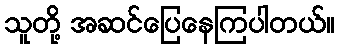
သူတို့ အဆင်ပြေနေကြပါတယ်။